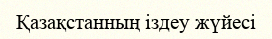
Қазақстанның іздеу жүйесі